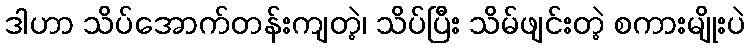
ဒါဟာ သိပ်အောက်တန်းကျတဲ့၊ သိပ်ပြီး သိမ်ဖျင်းတဲ့ စကားမျိုးပဲ